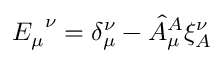
{ E _ { \mu } } ^ { \nu } = \delta _ { \mu } ^ { \nu } - \hat { A } _ { \mu } ^ { A } \xi _ { A } ^ { \nu }